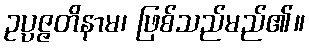
ဥပ္ပဇ္ဇတိနာမ၊ ဖြစ်သည်မည်၏။